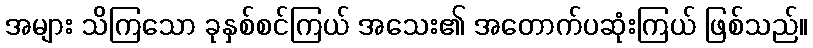
အများ သိကြသော ခုနှစ်စင်ကြယ် အသေး၏ အတောက်ပဆုံးကြယ် ဖြစ်သည်။